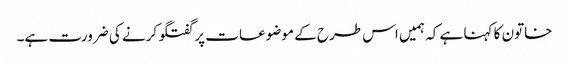
خاتون کا کہنا ہے کہ ہمیں اس طرح کے موضوعات پر گفتگو کرنے کی ضرورت ہے۔